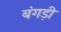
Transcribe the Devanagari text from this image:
बंगड़ी